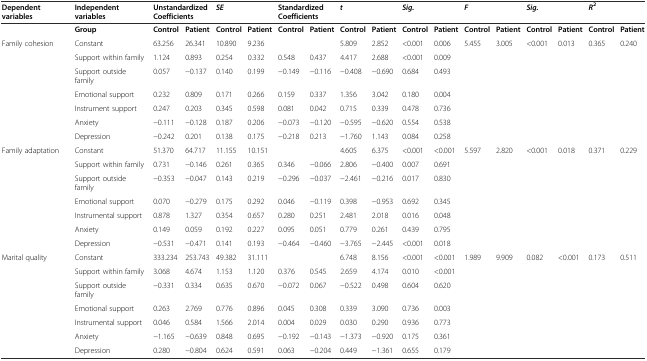
<table><thead><tr><td><b>Dependent variables</b></td><td><b>Independent variables</b></td><td colspan="2"><b>Unstandardized Coefficients</b></td><td colspan="2"><b><i>SE</i></b></td><td colspan="2"><b>Standardized Coefficients</b></td><td colspan="2"><b><i>t</i></b></td><td colspan="2"><b><i>Sig.</i></b></td><td colspan="2"><b><i>F</i></b></td><td colspan="2"><b><i>Sig.</i></b></td><td colspan="2"><b><i>R</i><sup>2</sup></b></td></tr></thead><tbody><tr><td></td><td><b>Group</b></td><td><b>Control</b></td><td><b>Patient</b></td><td><b>Control</b></td><td><b>Patient</b></td><td><b>Control</b></td><td><b>Patient</b></td><td><b>Control</b></td><td><b>Patient</b></td><td><b>Control</b></td><td><b>Patient</b></td><td><b>Control</b></td><td><b>Patient</b></td><td><b>Control</b></td><td><b>Patient</b></td><td><b>Control</b></td><td><b>Patient</b></td></tr><tr><td>Family cohesion</td><td>Constant</td><td>63.256</td><td>26.341</td><td>10.890</td><td>9.236</td><td></td><td></td><td>5.809</td><td>2.852</td><td>&lt;0.001</td><td>0.006</td><td>5.455</td><td>3.005</td><td>&lt;0.001</td><td>0.013</td><td>0.365</td><td>0.240</td></tr><tr><td></td><td>Support within family</td><td>1.124</td><td>0.893</td><td>0.254</td><td>0.332</td><td>0.548</td><td>0.437</td><td>4.417</td><td>2.688</td><td>&lt;0.001</td><td>0.009</td><td></td><td></td><td></td><td></td><td></td><td></td></tr><tr><td></td><td>Support outside family</td><td>0.057</td><td>−0.137</td><td>0.140</td><td>0.199</td><td>−0.149</td><td>−0.116</td><td>−0.408</td><td>−0.690</td><td>0.684</td><td>0.493</td><td></td><td></td><td></td><td></td><td></td><td></td></tr><tr><td></td><td>Emotional support</td><td>0.232</td><td>0.809</td><td>0.171</td><td>0.266</td><td>0.159</td><td>0.337</td><td>1.356</td><td>3.042</td><td>0.180</td><td>0.004</td><td></td><td></td><td></td><td></td><td></td><td></td></tr><tr><td></td><td>Instrument support</td><td>0.247</td><td>0.203</td><td>0.345</td><td>0.598</td><td>0.081</td><td>0.042</td><td>0.715</td><td>0.339</td><td>0.478</td><td>0.736</td><td></td><td></td><td></td><td></td><td></td><td></td></tr><tr><td></td><td>Anxiety</td><td>−0.111</td><td>−0.128</td><td>0.187</td><td>0.206</td><td>−0.073</td><td>−0.120</td><td>−0.595</td><td>−0.620</td><td>0.554</td><td>0.538</td><td></td><td></td><td></td><td></td><td></td><td></td></tr><tr><td></td><td>Depression</td><td>−0.242</td><td>0.201</td><td>0.138</td><td>0.175</td><td>−0.218</td><td>0.213</td><td>−1.760</td><td>1.143</td><td>0.084</td><td>0.258</td><td></td><td></td><td></td><td></td><td></td><td></td></tr><tr><td>Family adaptation</td><td>Constant</td><td>51.370</td><td>64.717</td><td>11.155</td><td>10.151</td><td></td><td></td><td>4.605</td><td>6.375</td><td>&lt;0.001</td><td>&lt;0.001</td><td>5.597</td><td>2.820</td><td>&lt;0.001</td><td>0.018</td><td>0.371</td><td>0.229</td></tr><tr><td></td><td>Support within family</td><td>0.731</td><td>−0.146</td><td>0.261</td><td>0.365</td><td>0.346</td><td>−0.066</td><td>2.806</td><td>−0.400</td><td>0.007</td><td>0.691</td><td></td><td></td><td></td><td></td><td></td><td></td></tr><tr><td></td><td>Support outside family</td><td>−0.353</td><td>−0.047</td><td>0.143</td><td>0.219</td><td>−0.296</td><td>−0.037</td><td>−2.461</td><td>−0.216</td><td>0.017</td><td>0.830</td><td></td><td></td><td></td><td></td><td></td><td></td></tr><tr><td></td><td>Emotional support</td><td>0.070</td><td>−0.279</td><td>0.175</td><td>0.292</td><td>0.046</td><td>−0.119</td><td>0.398</td><td>−0.953</td><td>0.692</td><td>0.345</td><td></td><td></td><td></td><td></td><td></td><td></td></tr><tr><td></td><td>Instrumental support</td><td>0.878</td><td>1.327</td><td>0.354</td><td>0.657</td><td>0.280</td><td>0.251</td><td>2.481</td><td>2.018</td><td>0.016</td><td>0.048</td><td></td><td></td><td></td><td></td><td></td><td></td></tr><tr><td></td><td>Anxiety</td><td>0.149</td><td>0.059</td><td>0.192</td><td>0.227</td><td>0.095</td><td>0.051</td><td>0.779</td><td>0.261</td><td>0.439</td><td>0.795</td><td></td><td></td><td></td><td></td><td></td><td></td></tr><tr><td></td><td>Depression</td><td>−0.531</td><td>−0.471</td><td>0.141</td><td>0.193</td><td>−0.464</td><td>−0.460</td><td>−3.765</td><td>−2.445</td><td>&lt;0.001</td><td>0.018</td><td></td><td></td><td></td><td></td><td></td><td></td></tr><tr><td>Marital quality</td><td>Constant</td><td>333.234</td><td>253.743</td><td>49.382</td><td>31.111</td><td></td><td></td><td>6.748</td><td>8.156</td><td>&lt;0.001</td><td>&lt;0.001</td><td>1.989</td><td>9.909</td><td>0.082</td><td>&lt;0.001</td><td>0.173</td><td>0.511</td></tr><tr><td></td><td>Support within family</td><td>3.068</td><td>4.674</td><td>1.153</td><td>1.120</td><td>0.376</td><td>0.545</td><td>2.659</td><td>4.174</td><td>0.010</td><td>&lt;0.001</td><td></td><td></td><td></td><td></td><td></td><td></td></tr><tr><td></td><td>Support outside family</td><td>−0.331</td><td>0.334</td><td>0.635</td><td>0.670</td><td>−0.072</td><td>0.067</td><td>−0.522</td><td>0.498</td><td>0.604</td><td>0.620</td><td></td><td></td><td></td><td></td><td></td><td></td></tr><tr><td></td><td>Emotional support</td><td>0.263</td><td>2.769</td><td>0.776</td><td>0.896</td><td>0.045</td><td>0.308</td><td>0.339</td><td>3.090</td><td>0.736</td><td>0.003</td><td></td><td></td><td></td><td></td><td></td><td></td></tr><tr><td></td><td>Instrumental support</td><td>0.046</td><td>0.584</td><td>1.566</td><td>2.014</td><td>0.004</td><td>0.029</td><td>0.030</td><td>0.290</td><td>0.936</td><td>0.773</td><td></td><td></td><td></td><td></td><td></td><td></td></tr><tr><td></td><td>Anxiety</td><td>−1.165</td><td>−0.639</td><td>0.848</td><td>0.695</td><td>−0.192</td><td>−0.143</td><td>−1.373</td><td>−0.920</td><td>0.175</td><td>0.361</td><td></td><td></td><td></td><td></td><td></td><td></td></tr><tr><td></td><td>Depression</td><td>0.280</td><td>−0.804</td><td>0.624</td><td>0.591</td><td>0.063</td><td>−0.204</td><td>0.449</td><td>−1.361</td><td>0.655</td><td>0.179</td><td></td><td></td><td></td><td></td><td></td><td></td></tr></tbody></table>